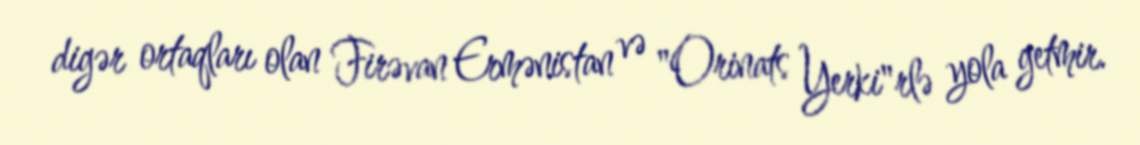
digər ortaqları olan Firəvan Ermənistan və "Orinats Yerki"rlə yola getmir.